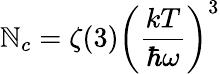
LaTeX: \mathbb{N}_{c}=\zeta(3)\left({\frac{{kT}}{{\hbar\omega}}}\right)^{3}